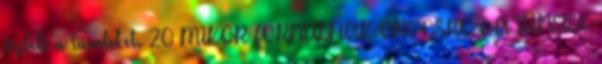
észleli a tüneteket. 20 MIKOR FORDULNAK ORVOSHOZ A TÜNETEK